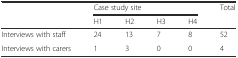
|  | <COLSPAN=4> Case study site | Total |
 |  | H1 | H2 | H3 | H4 |  |
 | --- | --- | --- | --- | --- | --- |
 | Interviews with staff | 24 | 13 | 7 | 8 | 52 |
 | Interviews with carers | 1 | 3 | 0 | 0 | 4 |